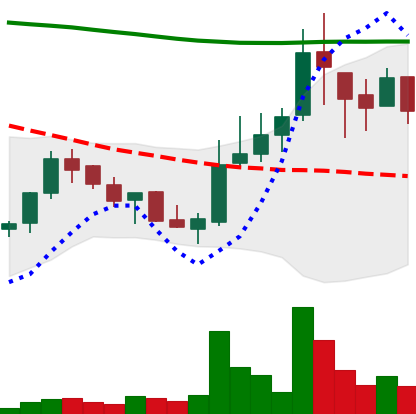
Ticker: LINK-USD
Chart end date: 2018-08-03
Forward return: -19.915%
Label: down_7plus